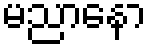
မညာနော